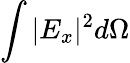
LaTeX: \int{|E_{x}|^{2}d\Omega}